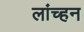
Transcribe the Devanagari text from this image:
लांच्हन